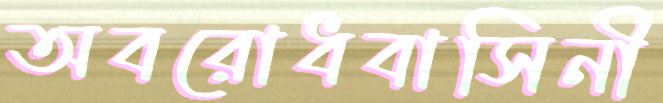
অবরোধবাসিনী